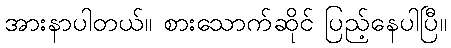
အားနာပါတယ်။ စားသောက်ဆိုင် ပြည့်နေပါပြီ။